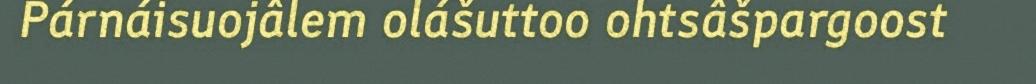
Párnáisuojâlem olášuttoo ohtsâšpargoost